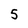
Character: 5